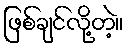
ဖြစ်ချင်လို့တဲ့။